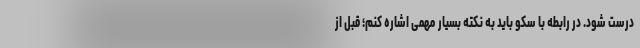
درست شود. در رابطه با سکو باید به نکته بسیار مهمی اشاره کنم؛ قبل از